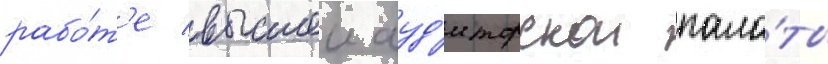
рабо́т'е высшеи ауд'иторскои пала́ты